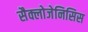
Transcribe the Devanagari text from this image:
सैक्लोजेनिसिस